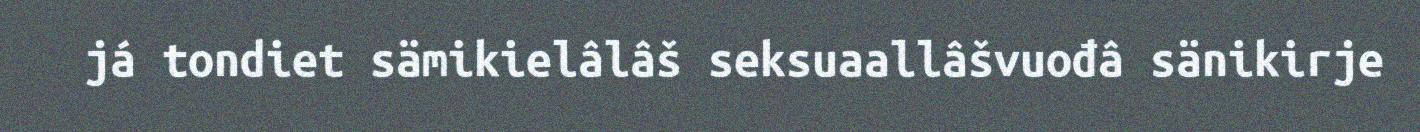
já tondiet sämikielâlâš seksuaallâšvuođâ sänikirje